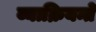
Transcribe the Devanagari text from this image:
व्याक्रियन्ते